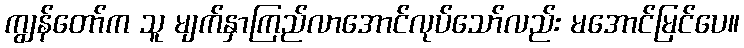
ကျွန်တော်က သူ မျက်နှာကြည်လာအောင်လုပ်သော်လည်း မအောင်မြင်ပေ။